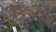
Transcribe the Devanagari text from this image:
प्रथमतंतु